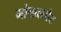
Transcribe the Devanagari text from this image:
गोपालपेट